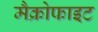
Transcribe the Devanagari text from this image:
मैक्रोफाइट